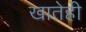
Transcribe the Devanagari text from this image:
खातेही